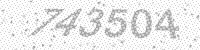
Solution: 743504